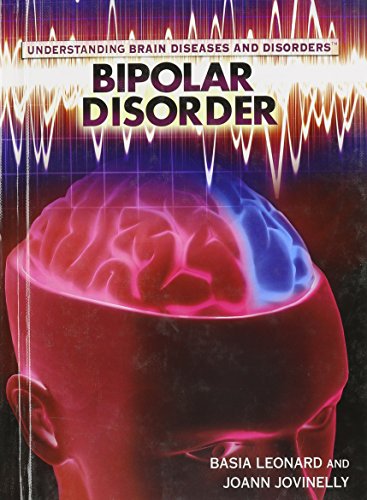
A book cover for Bipolar Disorder (Understanding Brain Diseases and Disorders); Basia Leonard; Teen & Young Adult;